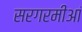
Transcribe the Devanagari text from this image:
सरगरमीआं